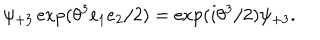
LaTeX: \psi _ { + 3 } \exp ( \theta ^ { 3 } e _ { 1 } e _ { 2 } / 2 ) = \exp ( i \theta ^ { 3 } / 2 ) \psi _ { + 3 } .